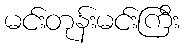
မင်းတုန်းမင်းကြီး